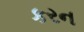
કરન